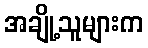
အချို့သူများက